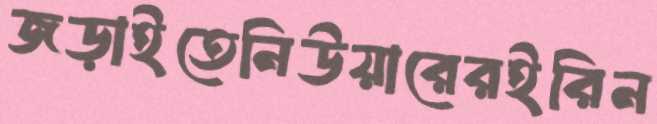
জড়াইতেনিউয়ারেরইরিন